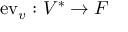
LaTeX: \mathrm { e v } _ { v } : V ^ { * } \to F